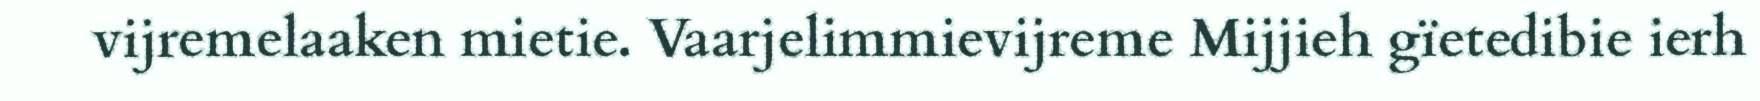
vijremelaaken mietie. Vaarjelimmievijreme Mijjieh gïetedibie ierh